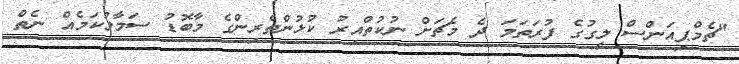
"ޗެމްޕިއަންސް ލީގުގެ ފުރަތަމަ ދެ މެޗަށް ނުކުތްއިރު ކުޅުންތެރިންގެ މާބޮޑު ސަމާލުކަމެއް ނެތް